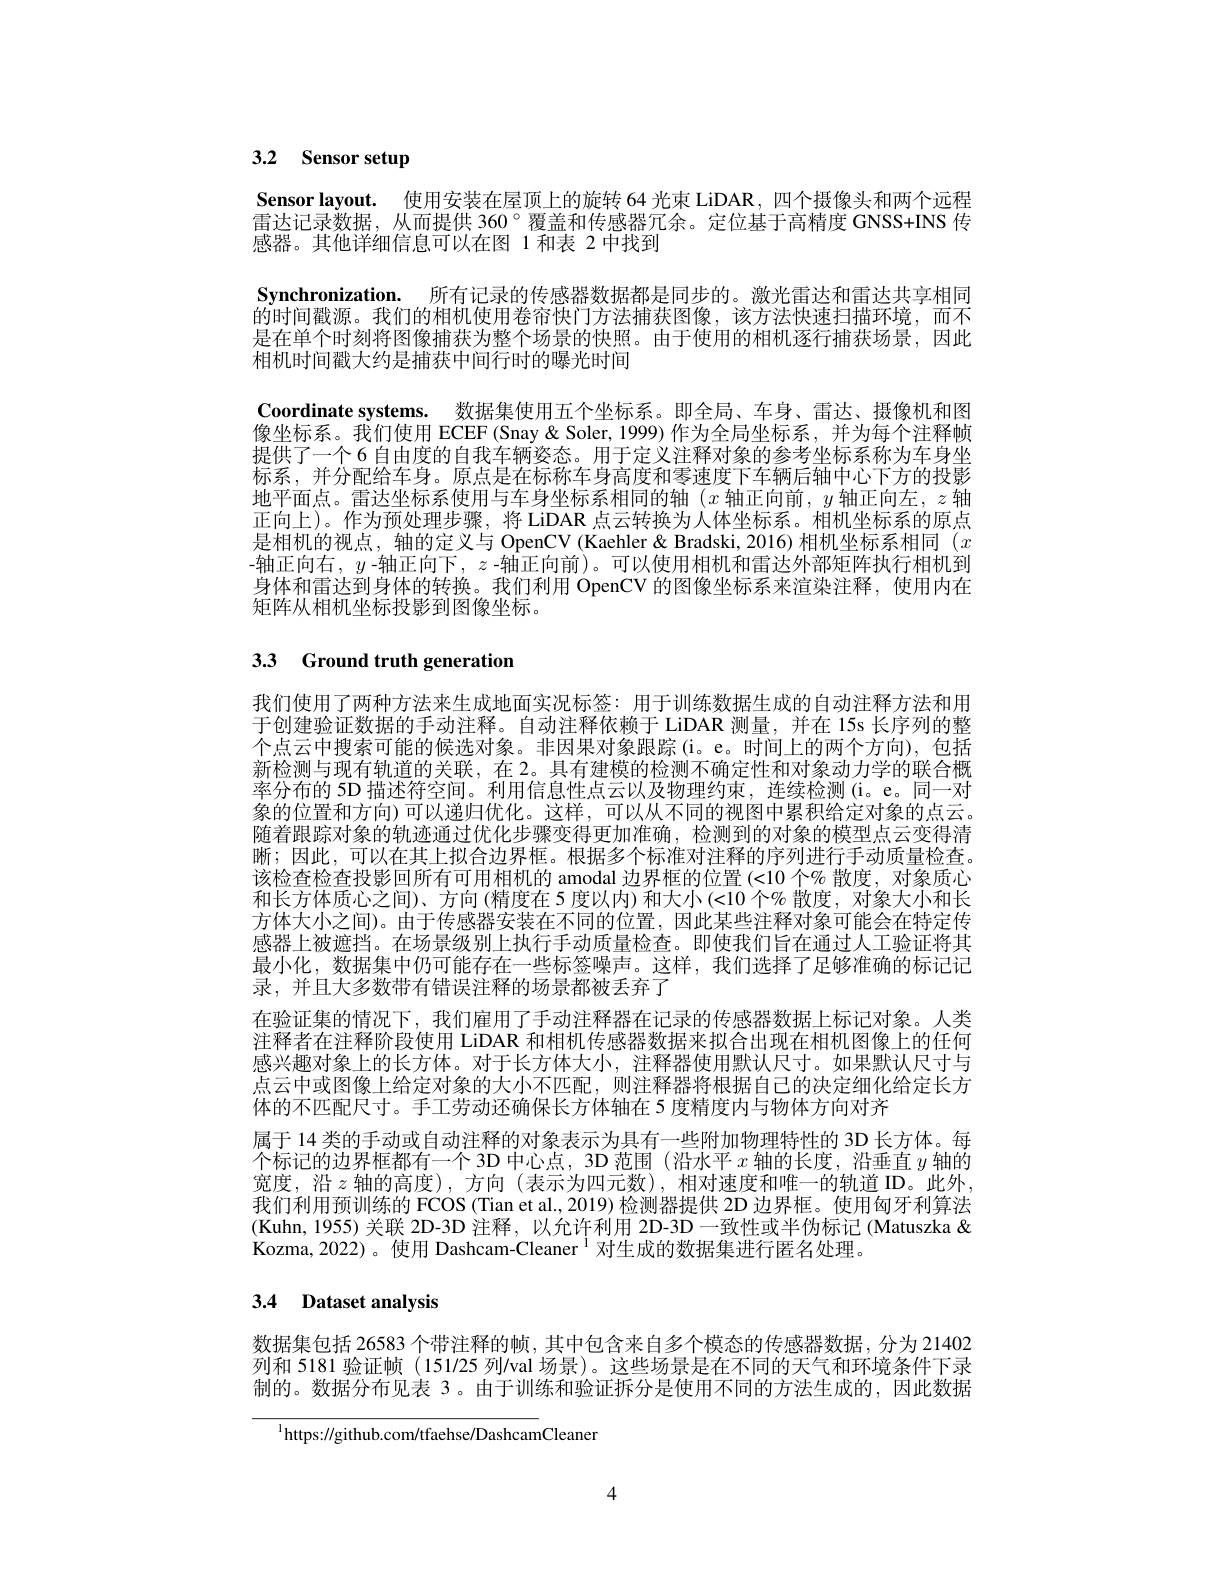
# 3.2 Sensor setup

Sensor layout. 使用安装在屋顶上的旋转 64 光束 LiDAR, 四个摄像头和两个远程雷达记录数据，从而提供 360°覆盖和传感器冗余。定位基于高精度 GNSS+INS 传感器。其他详细信息可以在图 1 和表 2 中找到
Synchronization. 所有记录的传感器数据都是同步的。激光雷达和雷达共享相同的时间戳源。我们的相机使用卷帘快门方法捕获图像，该方法快速扫描环境，而不是在单个时刻将图像捕获为整个场景的快照。由于使用的相机逐行捕获场景，因此相机时间戳大约是捕获中间行时的曝光时间
Coordinate systems. 数据集使用五个坐标系。即全局、车身、雷达、摄像机和图像坐标系。我们使用 ECEF (Snay & Soler, 1999) 作为全局坐标系，并为每个注释帧提供了一个 6 自由度的自我车辆姿态。用于定义注释对象的参考坐标系称为车身坐标系，并分配给车身。原点是在标称车身高度和零速度下车辆后轴中心下方的投影地平面点。雷达坐标系使用与车身坐标系相同的轴($x$轴正向前，$y$轴正向左，$z$轴正向上)。作为预处理步骤，将 LiDAR 点云转换为人体坐标系。相机坐标系的原点是相机的视点，轴的定义与 OpenCV (Kaehler & Bradski, 2016) 相机坐标系相同 ($x$ -轴正向右，$y$ -轴正向下，$z$ -轴正向前)。可以使用相机和雷达外部矩阵执行相机到身体和雷达到身体的转换。我们利用 OpenCV 的图像坐标系来渲染注释，使用内在矩阵从相机坐标投影到图像坐标。

# 33 Ground truth generation

我们使用了两种方法来生成地面实况标签：用于训练数据生成的自动注释方法和用于创建验证数据的手动注释。自动注释依赖于 LiDAR 测量，并在 15s 长序列的整个点云中搜索可能的候选对象。非因果对象跟踪(i。e。时间上的两个方向),包括新检测与现有轨道的关联，在 2。具有建模的检测不确定性和对象动力学的联合概率分布的 5D 描述符空间。利用信息性点云以及物理约束，连续检测(i。e。同一对象的位置和方向)可以递归优化。这样，可以从不同的视图中累积给定对象的点云随着跟踪对象的轨迹通过优化步骤变得更加准确，检测到的对象的模型点云变得清晰；因此，可以在其上拟合边界框。根据多个标准对注释的序列进行手动质量检查。该检查检查投影回所有可用相机的 amodal 边界框的位置 (<10 个% 散度，对象质心和长方体质心之间)、方向(精度在 5 度以内)和大小(<10 个% 散度，对象大小和长方体大小之间)。由于传感器安装在不同的位置，因此某些注释对象可能会在特定传感器上被遮挡。在场景级别上执行手动质量检查。即使我们旨在通过人工验证将其最小化，数据集中仍可能存在一些标签噪声。这样，我们选择了足够准确的标记记录，并且大多数带有错误注释的场景都被丢弃了
在验证集的情况下，我们雇用了手动注释器在记录的传感器数据上标记对象。人类注释者在注释阶段使用 LiDAR 和相机传感器数据来拟合出现在相机图像上的任何感兴趣对象上的长方体。对于长方体大小，注释器使用默认尺寸。如果默认尺寸与点云中或图像上给定对象的大小不匹配，则注释器将根据自己的决定细化给定长方体的不匹配尺寸。手工劳动还确保长方体轴在 5 度精度内与物体方向对齐
属于 14 类的手动或自动注释的对象表示为具有一些附加物理特性的 3D 长方体。每个标记的边界框都有一个 3D 中心点，3D 范围 (沿水平$x$轴的长度，沿垂直$y$轴的宽度，沿$z$轴的高度),方向(表示为四元数),相对速度和唯一的轨道 ID。此外， 我们利用预训练的 FCOS (Tian et al., 2019) 检测器提供 2D 边界框。使用匈牙利算法(Kuhn, 1955) 关联 2D-3D 注释，以允许利用 2D-3D 一致性或半伪标记 (Matuszka & Kozma,2022)。使用 Dashcam-Cleaner $^{1}$对生成的数据集进行匿名处理。

# 3.4 Dataset analysis

数据集包括 26583 个带注释的帧，其中包含来自多个模态的传感器数据，分为 21402列和 5181 验证帧(151/25 列/val 场景)。这些场景是在不同的天气和环境条件下录制的。数据分布见表 3。由于训练和验证拆分是使用不同的方法生成的，因此数据

$^{1}$https://github.com/tfaehse/DashcamCleaner

4